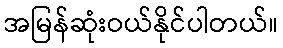
အမြန်ဆုံးဝယ်နိုင်ပါတယ်။